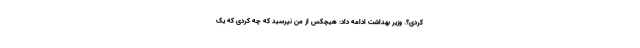
کردی؟. وزیر بهداشت ادامه داد: هیچکس از من نپرسید که چه کردی که یک